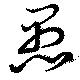
愚